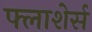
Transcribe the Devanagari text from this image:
फ्लाशेर्स